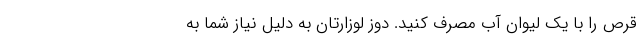
قرص را با یک لیوان آب مصرف کنید. دوز لوزارتان به دلیل نیاز شما به